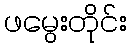
ဖမွေးတိုင်း